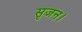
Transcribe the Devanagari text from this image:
सृजन।